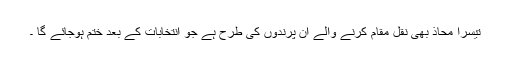
تیسرا محاذ بھی نقل مقام کرنے والے ان پرندوں کی طرح ہے جو انتخابات کے بعد ختم ہوجائے گا ۔